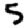
Digit: 5